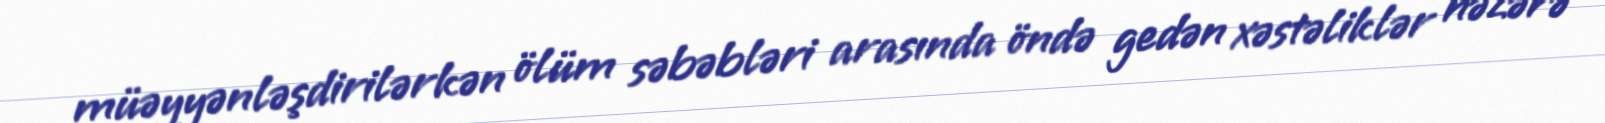
müəyyənləşdirilərkən ölüm səbəbləri arasında öndə gedən xəstəliklər nəzərə